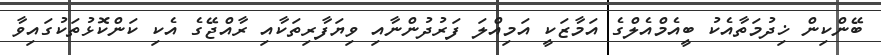
ބޭންކިން ޚިދުމަތާއެކު ބީއެމްއެލްގެ އަމާޒަކީ އަމިއްލަ ފަރުދުންނާއި ވިޔަފާރިތަކާއި ރާއްޖޭގެ އެކި ކަންކޮޅުތަކުގައިވާ